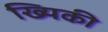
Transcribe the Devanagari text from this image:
ख्यिकी